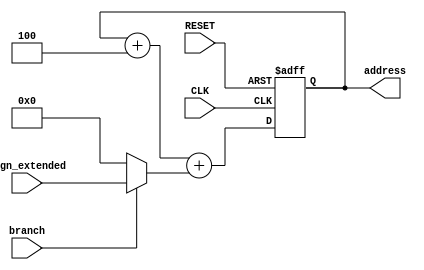
module PC(branch, CLK, sign_extended, RESET, address);
	input branch, CLK, RESET;	
	input [31:0] sign_extended;

	output reg[31:0] address;

	always@(posedge CLK or posedge RESET)begin
		if (RESET)
			address = 0;
		else 
			address = address + 4 + (branch? sign_extended : 0);
	end
endmodule